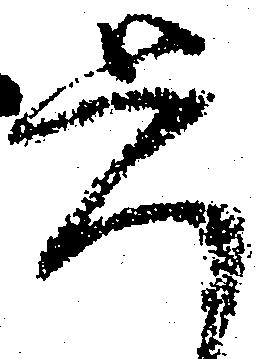
覚